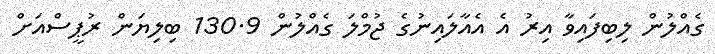
ގެއްލުން ލިބިފައިވާ އިރު އެ އެއާލައިނުގެ ޖުމްލަ ގެއްލުން 130.9 ބިލިޔަން ރުޕީސްއަށް